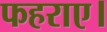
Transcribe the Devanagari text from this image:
फहराए।